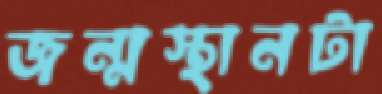
জন্মস্থানটা